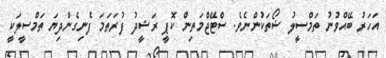
އަހަރު ބޭއްވުނު ތަމްސީލު ޝޯތަކުންނެވެ. ސްޓޭޖްމަތިން ކޮޕީ ރަޝީދު ފުރަތަމަ ފެނިގެންދިޔަ ތަމްސީލަކީ